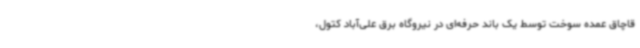
قاچاق عمده سوخت توسط یک باند حرفه‌ای در نیروگاه برق علی‌آباد کتول،